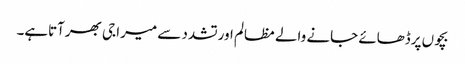
بچوں پرڈھائے جانے والے مظالم اورتشدد سے میرا جی بھرآتاہے۔